Report on vaccination proceedings throughout the Government of Bengal -
Year: 1868
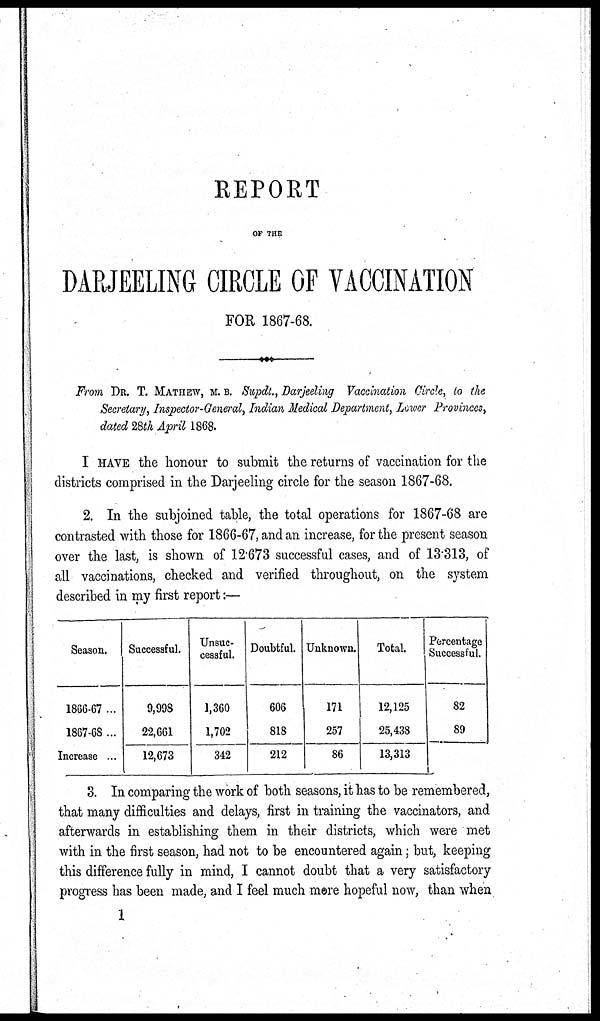
REPORT
OF THE
DARJEELING CIRCLE OF VACCINATION
FOR 1867-68.
From DR. T. MATHEW, M. B. Supdt., Darjeeling Vaccination Circle, to the
Secretary, Inspector-General, Indian Medical Department, Lower Provinces,
dated 28th April 1868.
I HAVE the honour to submit the returns of vaccination for the
districts comprised in the Darjeeling circle for the season 1867-68.
2. In the subjoined table, the total operations for 1867-68 are
contrasted with those for 1866-67, and an increase, for the present season
over the last, is shown of 12.673 successful cases, and of 13.313, of
all vaccinations, checked and verified throughout, on the system
described in my first report:—
Season.
1866-67 ...
1867-68 ...
Increase ...
Successful.
9,998
22,661
12,673
Unsuc-
cessful.
1,360
1,702
342
Doubtful.
606
818
212
Unknown.
171
257
86
Total.
12,125
25,438
13,313
Percentage
Successful.
82
89
3. In comparing the work of both seasons, it has to be remembered,
that many difficulties and delays, first in training the vaccinators, and
afterwards in establishing them in their districts, which were met
with in the first season, had not to be encountered again; but, keeping
this difference fully in mind, I cannot doubt that a very satisfactory
progress has been made, and I feel much more hopeful now, than when
1